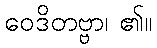
ဝေဒိတဗ္ဗာ၊ ၏။